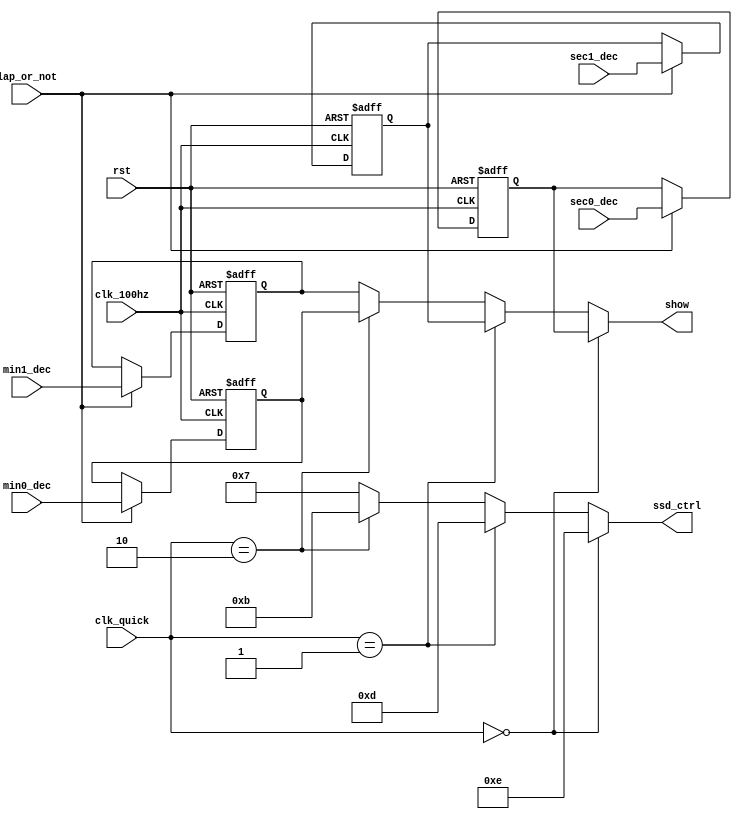
`timescale 1ns / 1ps
//////////////////////////////////////////////////////////////////////////////////
// Company: 
// Engineer: 
// 
// Design Name: 
// Module Name: display_controller
// Project Name: 
// Target Devices: 
// Tool Versions: 
// Description: 
// 
// Dependencies: 
// 
// Revision:
// Revision 0.01 - File Created
// Additional Comments:
// 
//////////////////////////////////////////////////////////////////////////////////


module display_controller(sec0_dec, sec1_dec, min0_dec, min1_dec, lap_or_not, clk_100hz, rst, clk_quick, ssd_ctrl, show);
    input [7:0] sec0_dec;
    input [7:0] sec1_dec;
    input [7:0] min0_dec;
    input [7:0] min1_dec;
    input lap_or_not;
    input clk_100hz, rst;
    input [1:0] clk_quick;
    output [3:0] ssd_ctrl;
    output [7:0] show;
    
    reg [7:0] digit0_temp;
    reg [7:0] digit1_temp;
    reg [7:0] digit2_temp;
    reg [7:0] digit3_temp;
    reg [7:0] digit0;
    reg [7:0] digit1;
    reg [7:0] digit2;
    reg [7:0] digit3;
    
    reg [7:0] show;
    reg [3:0] ssd_ctrl; 
    
    always @* begin
        if(lap_or_not == 1'b0) begin
            digit0_temp = digit0;
            digit1_temp = digit1;
            digit2_temp = digit2;
            digit3_temp = digit3;
        end
        else begin
            digit0_temp = sec0_dec;
            digit1_temp = sec1_dec;
            digit2_temp = min0_dec;
            digit3_temp = min1_dec;
        end
    end
    
    always @(posedge clk_100hz or negedge rst) begin
        if(~rst) begin
            digit0 <= 8'b00000011;
            digit1 <= 8'b00000011;
            digit2 <= 8'b00000011;
            digit3 <= 8'b00000011;
        end
        else begin
            digit0 <= digit0_temp;
            digit1 <= digit1_temp;
            digit2 <= digit2_temp;
            digit3 <= digit3_temp;
        end
    end
        
    always @* begin
        if(clk_quick == 2'b00) begin
            show = digit0;
            ssd_ctrl = 4'b1110;
        end
        else if(clk_quick == 2'b01) begin
            show = digit1;
            ssd_ctrl = 4'b1101;
        end
        else if(clk_quick == 2'b10) begin
            show = digit2;
            ssd_ctrl = 4'b1011;
        end
        else begin
            show = digit3;
            ssd_ctrl = 4'b0111; 
        end
    end
    
endmodule